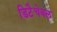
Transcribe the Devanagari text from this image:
डिटैचेबल